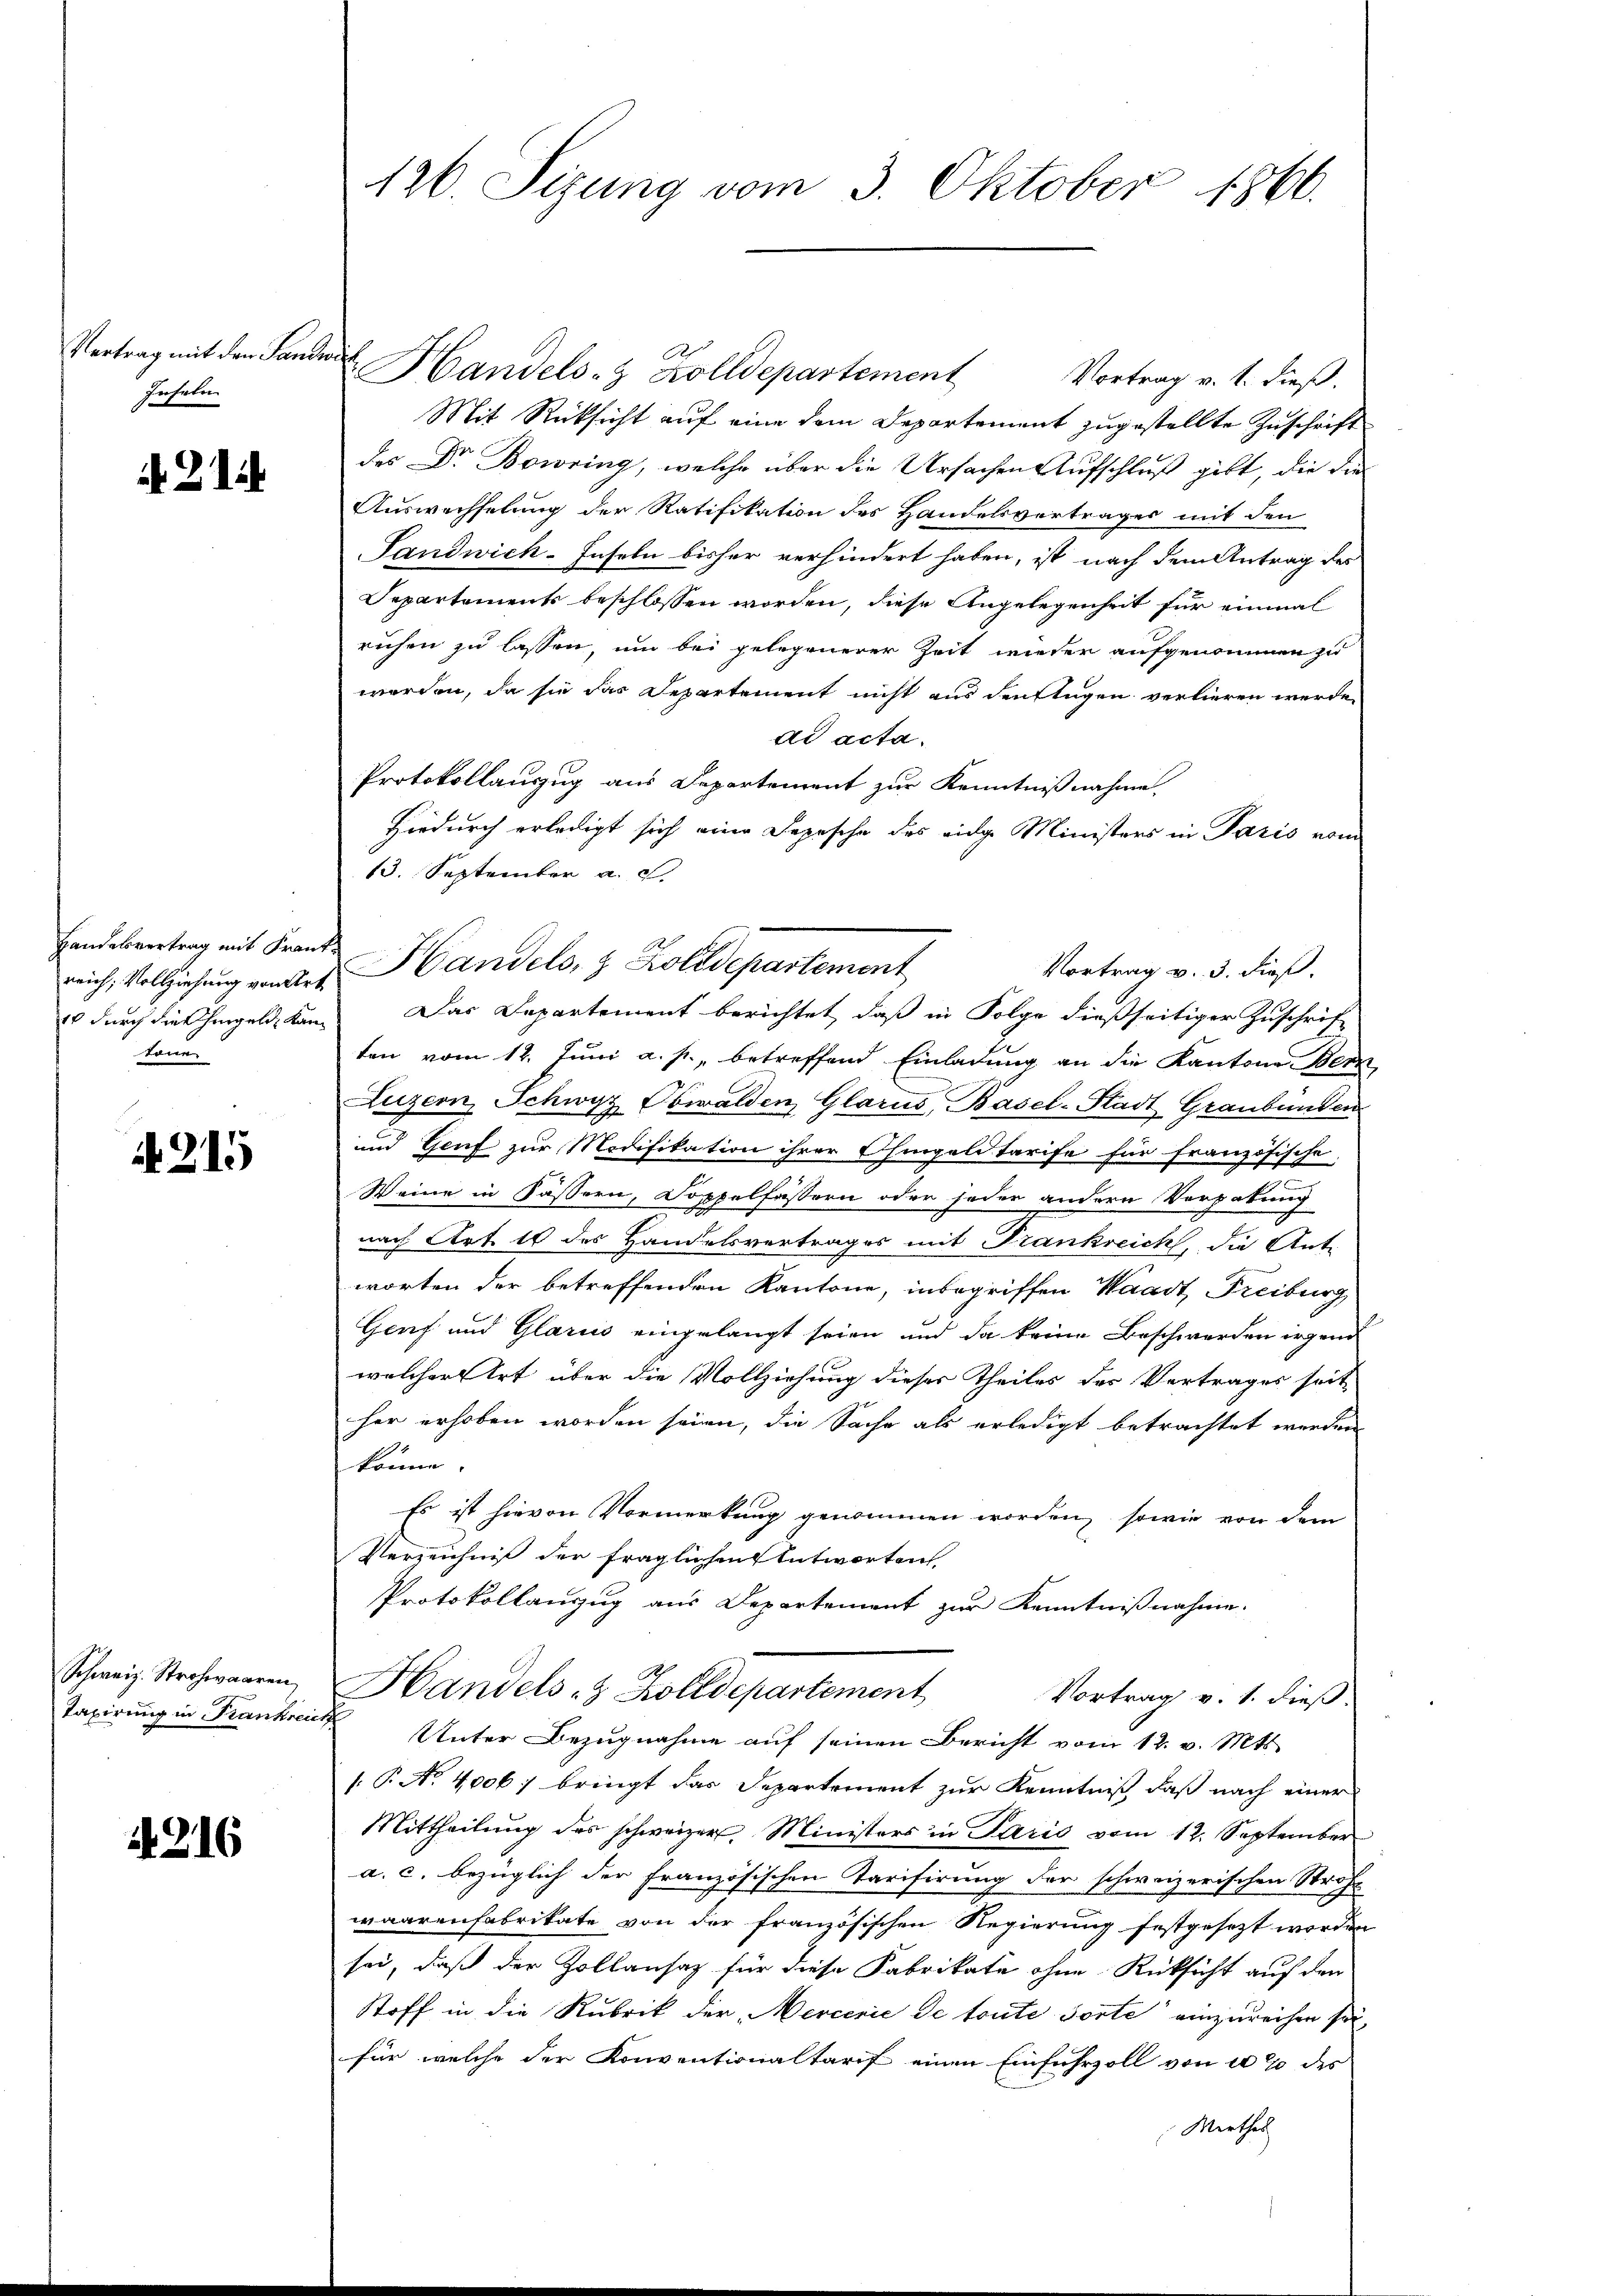
Inseln

214

reich, Vollziehung von Art
töne

215

Schweiz. Strohwaaren
Taxirung in Frankrei

A 216

126. Sizung vom 3. Oktober 1866.

Vertrag mit den Lander Handels- & Zolldepartement

Vortrag v. 1. dieß.
Mit Rücksicht auf eine dem Departement zugestellte Zuschrift
des Dr Bowring, welche über die Ursachen Aufschluß gibt, die die
Auswechselung der Ratifikation des Handelsvertrages mit den
Landwich-Inseln bisher verhindert haben, ist nach dem Antrag des
Departements beschlossen worden, diese Angelegenheit für einmal
ruchen zu lassen, um bei gelegenerer Zeit wieder aufgenommen zu
worden, da sie das Departement nicht aus den fügen verlieren werde.
ad acta.
Protokollauszug aus Departement zur Kenntnißnahme.
Hiedurch erledigt sich eine Depesche des eidge Ministers in Paris vom
13. September a. c.
Vortrag v. 3. dieß.
s durch die hingeld kam. Das Departement berichtet, daß in Folge dießseitiger Zuschrift
ten vom 12. Juni a. p., betreffend Einladung an die Kantone Bern
Luzern, Schwyz, Obwalden, Glarus, Basel-Stadt Graubünden
und Genf zur Modifikation ihrer Chingel Tarife für französische,
Weine in Fässern, Doppelfässern oder jeder andern Verpakung
nach Art. 10 des Handelsvertrages mit Frankreich, die Antr
worten der betreffenden Kantone, inbegriffen Waadt Freiburg
Genf und Glarus eingelangt seien und da keine Beschwerden irgend
welcher Art über die Vollziehung dieser Theiles des Vertrages seit
her erhoben worden seien, die Sache als erledigt betrachtet werden
könne.
Es ist hievon Vormerkung genommen worden, sowie von dem
Verzeichniß der fraglichen Antworten
Protokollanzug aus Departement zur Kenntnißnahme.
Handels- & Zolldepartement
Vortrag v. 1. dieß.
 Unter Bezugnahme auf seinen Bericht vom 12. v. Mts.
1. P. No. 4006/ bringt das Separtement zur Kenntniß, daß nach einer
Mittheilung des schweizer, Ministers in Paris vom 12. September
a. c. bezüglich der Französischen Tarifirung der schweizerischen Straf-
waarenfabrikate von der französischen Regierung festgesezt worden
sei, daß der Zollansatz für diese Fabrikate ohne Rücksicht auf den
Stoff in die Rubrik der Mercerie de toute Torte einzureichen sei,
für welche der Konventionaltarif einen Einfuhrzoll von 4 % des
Werthes

Handesvertrag mit Franke Handels, z. Zolldepartement